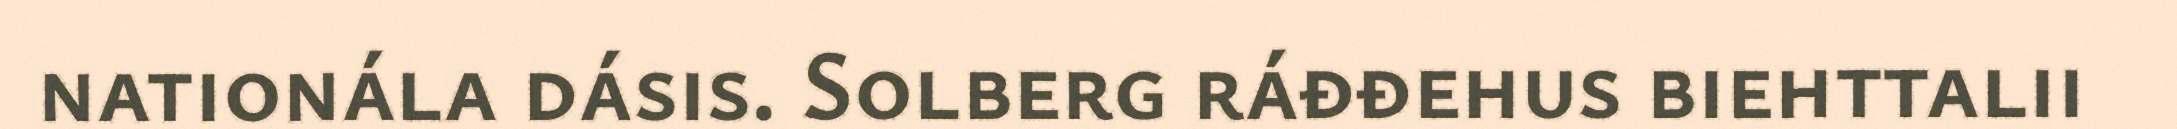
nationála dásis. Solberg ráđđehus biehttalii